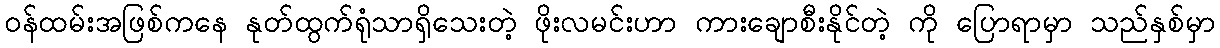
ဝန်ထမ်းအဖြစ်ကနေ နုတ်ထွက်ရုံသာရှိသေးတဲ့ ဖိုးလမင်းဟာ ကားချောစီးနိုင်တဲ့ ကို ပြောရာမှာ သည်နှစ်မှာ